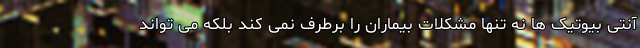
آنتی بیوتیک ها نه تنها مشکلات بیماران را برطرف نمی کند بلکه می تواند